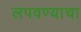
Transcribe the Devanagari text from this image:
लपवण्याचा